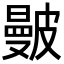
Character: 𥀗